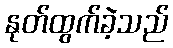
နုတ်ထွက်ခဲ့သည်